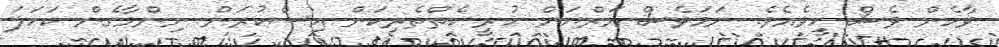
ވާހެން ވެސް ހީވެއެވެ. ނަމަވެސް އަރްޔަން ހުރީ ކެތްތެރިކަން އިސްކުރަން ނިންމާގެން ކަހަލަ